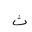
Letter: _tha